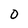
Character: 0